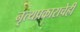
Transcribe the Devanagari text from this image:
नृत्यप्रकाराचेही